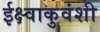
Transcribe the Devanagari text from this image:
ईक्ष्वाकुवंशी